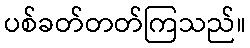
ပစ်ခတ်တတ်ကြသည်။